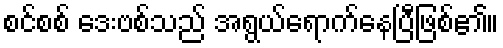
စင်စစ် ဒေးဗစ်သည် အရွယ်ရောက်နေပြီဖြစ်၏။